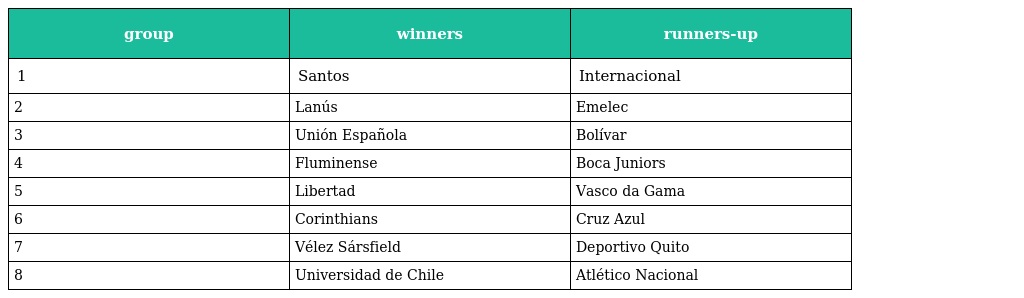
| group | winners | runners-up |
 | --- | --- | --- |
 | 1 | Santos | Internacional |
 | 2 | Lanús | Emelec |
 | 3 | Unión Española | Bolívar |
 | 4 | Fluminense | Boca Juniors |
 | 5 | Libertad | Vasco da Gama |
 | 6 | Corinthians | Cruz Azul |
 | 7 | Vélez Sársfield | Deportivo Quito |
 | 8 | Universidad de Chile | Atlético Nacional |